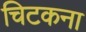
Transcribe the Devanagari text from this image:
चिटकना